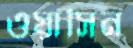
ওয়াসিন